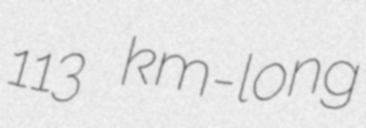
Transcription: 113 km-long